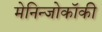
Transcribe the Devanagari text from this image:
मेनिन्जोकॉकी